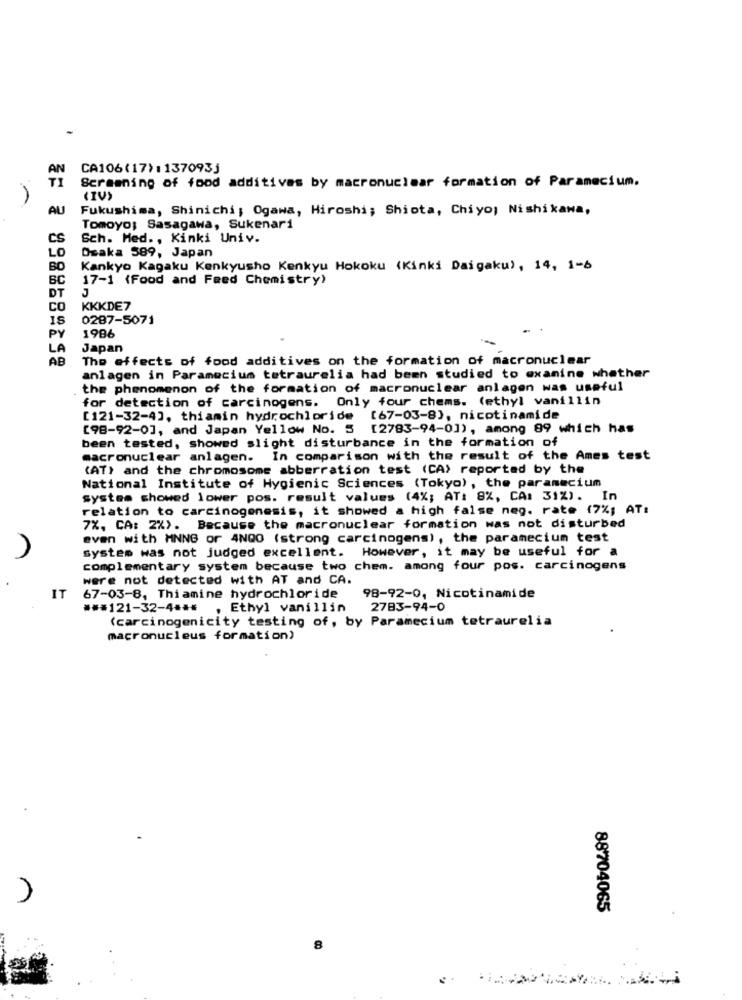
AN
CA106(17):137093j
TI
Screening of food additives by macronuclear formation of Paramecium.
AU
Fukushima, Shinichi; Ogawa, Hiroshi; Shiota, Chiyo; Nishikawa,
Tomoyo; Sasagawa, Sukenari
CS
Sch. Med ., Kinki Univ.
Osaka 589, Japan
LO
BO
Kankyo Kagaku Kenkyusho Kenkyu Hokoku (Kinki Daigaku), 14, 1-6
BC
17-1 (Food and Feed Chemistry)
DT
CO
KKKDE7
0287-5071
PY
1986
LA
Japan
AB
The effects of food additives on the formation of macronuclear
anlagen in Paramecium tetraurelia had been studied to examine whether
the phenomenon of the formation of macronuclear anlagen was useful
for detection of carcinogens. Only four chems. (ethyl vanillin
[121-32-4], thiamin hydrochloride [67-03-8), nicotinamide
[98-92-0], and Japan Yellow No. 5 [2783-94-0]), among 89 which has
been tested, showed slight disturbance in the formation of
macronuclear anlagen. In comparison with the result of the Ames test
(AT) and the chromosome abberration test (CA) reported by the
National Institute of Hygienic Sciences (Tokyo) , the paramecium
system showed lower pos. result values (4%; AT: 8%, CA: 31%). In
relation to carcinogenesis, it showed a high false neg. rate (7%; AT:
7%, CA: 2%). Because the macronuclear formation was not disturbed
even with MNNG or 4NQO (strong carcinogens), the paramecium test
system was not judged excellent. However, it may be useful for a
complementary system because two chem. among four pos. carcinogens
were not detected with AT and CA.
IT
67-03-8, Thi amine hydrochloride
98-92-0, Nicotinamide
*** 121-32-4 *** , Ethyl vanillin
2783-94-0
(carcinogenicity testing of, by Paramecium tetraurelia
macronucleus formation)
88704065
8